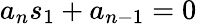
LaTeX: a_{n}s_{1}+a_{n-1}=0